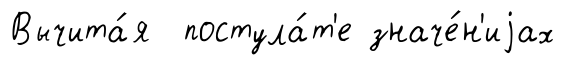
Вычита́я постула́т'е значе́н'иjах